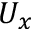
U _ { x }